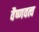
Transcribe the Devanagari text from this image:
वैष्णवत्व